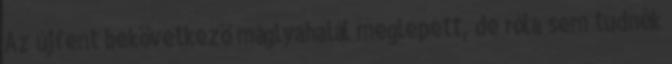
Az újfent bekövetkező máglyahalál meglepett, de róla sem tudnék